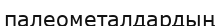
палеометалдардың